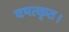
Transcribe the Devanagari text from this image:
चमत्कृत।